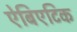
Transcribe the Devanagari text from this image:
ऐबिएटिक